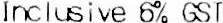
INCLUSIVE 6% GST